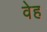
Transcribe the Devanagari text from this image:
वेह